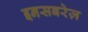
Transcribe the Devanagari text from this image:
इनसबरेज़